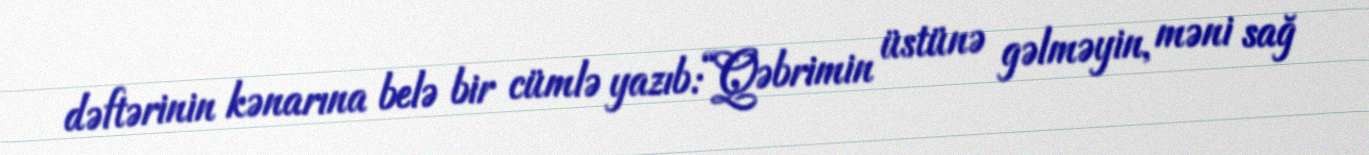
dəftərinin kənarına belə bir cümlə yazıb:“Qəbrimin üstünə gəlməyin, məni sağ